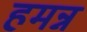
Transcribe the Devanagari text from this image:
हमन्न